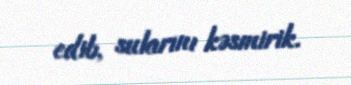
edib, sularını kəsmirik.